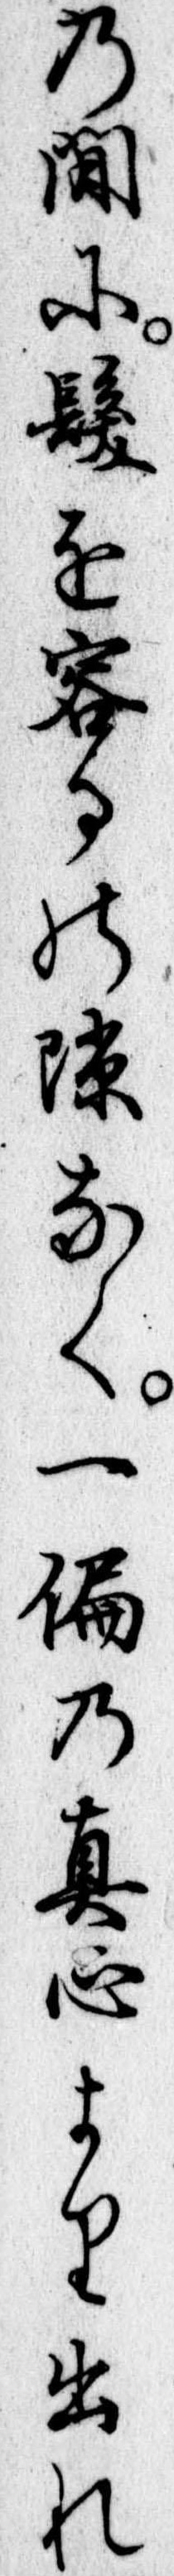
の間に髪を容るの隙なく一偏の真心より出れ